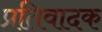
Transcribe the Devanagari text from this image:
प्रतिवादक